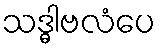
သဒ္ဓါဗလံပေ